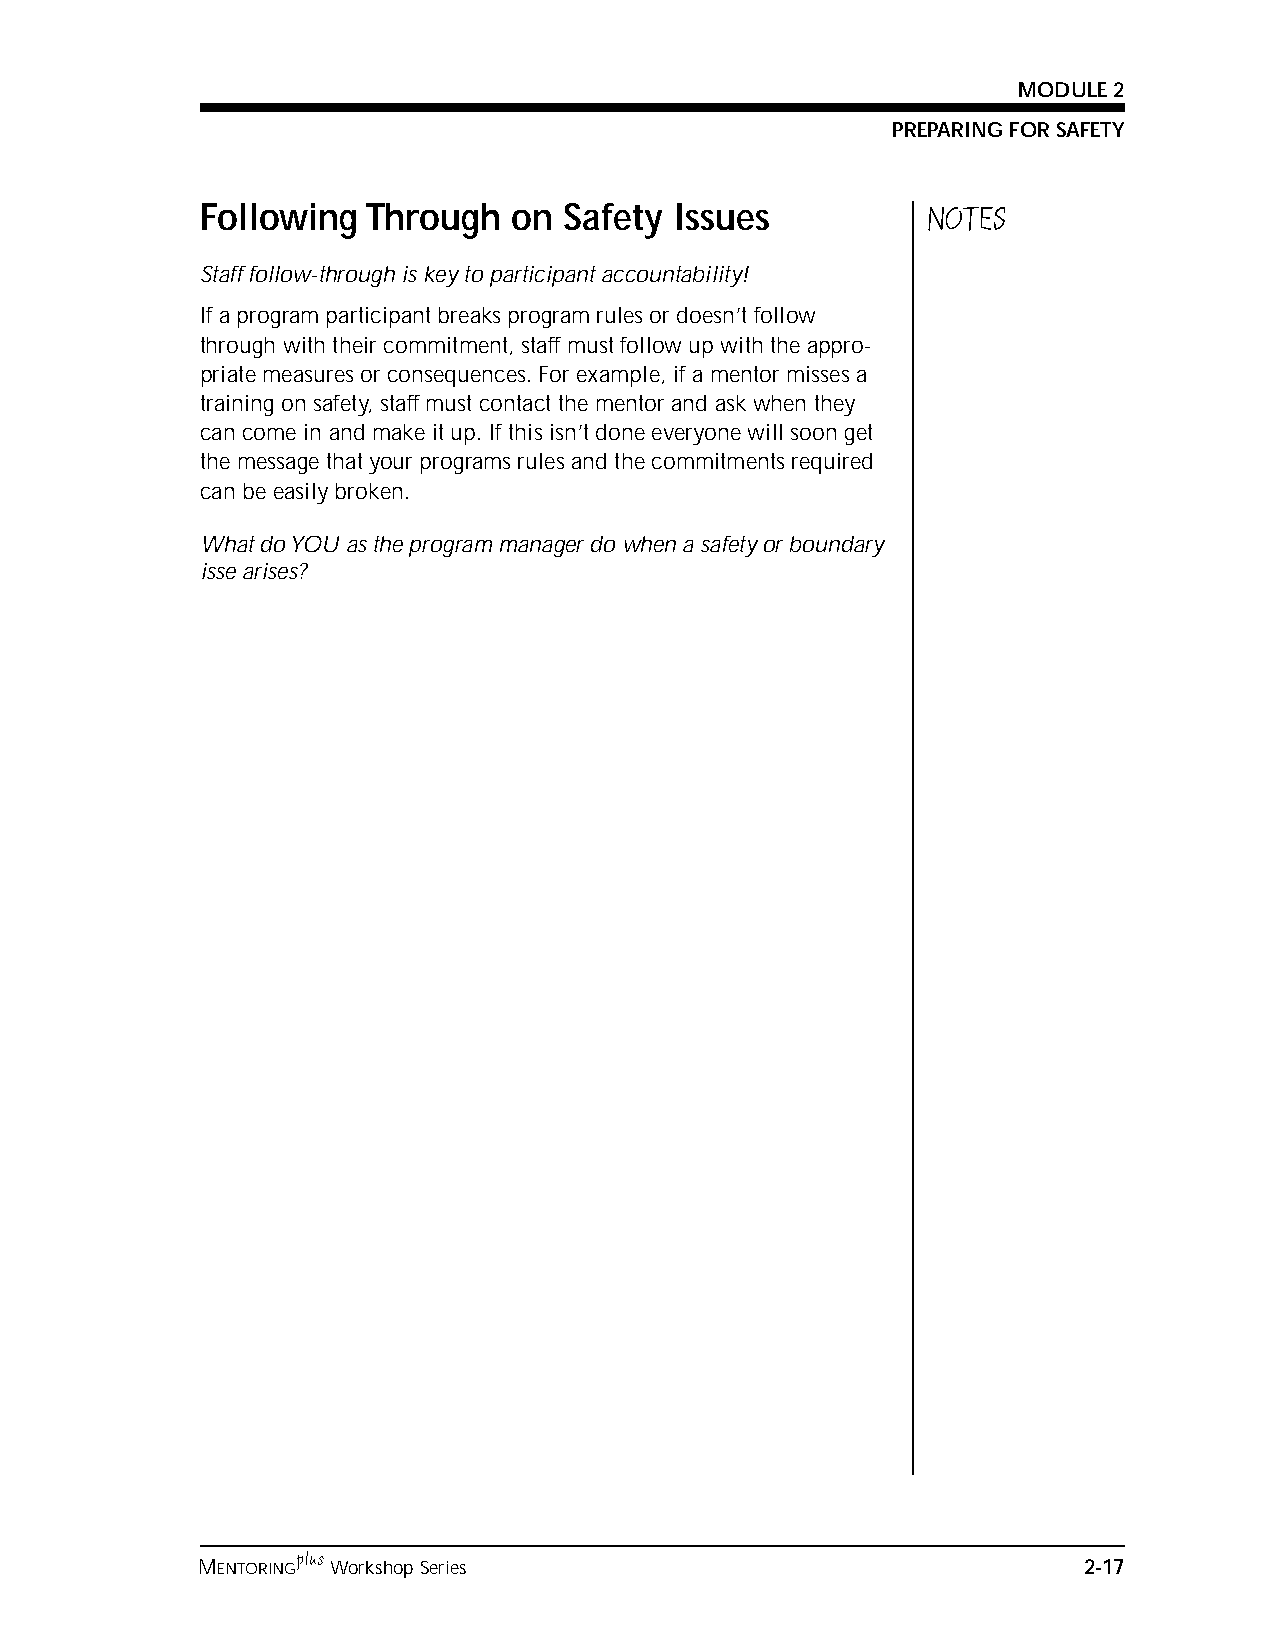
MODULE 2
 PREPARING FOR SAFETY
 Following  Through   on Safety  Issues          NOTES
 Staff follow-through is key to participant accountability!
 If a program participant breaks program rules or doesn’t follow
 through with their commitment, staff must follow up with the appro-
 priate measures or consequences. For example, if a mentor misses a
 training on safety, staff must contact the mentor and ask when they
 can come in and make it up. If this isn’t done everyone will soon get
 the message that your programs rules and the commitments required
 can be easily broken.
 What do YOU as the program manager do when a safety or boundary
 isse arises?
 plus
 MENTORING Workshop Series                                  2-17